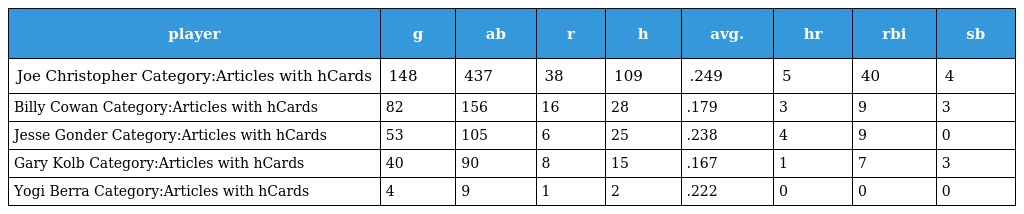
| player | g | ab | r | h | avg. | hr | rbi | sb |
 | --- | --- | --- | --- | --- | --- | --- | --- | --- |
 | Joe Christopher Category:Articles with hCards | 148 | 437 | 38 | 109 | .249 | 5 | 40 | 4 |
 | Billy Cowan Category:Articles with hCards | 82 | 156 | 16 | 28 | .179 | 3 | 9 | 3 |
 | Jesse Gonder Category:Articles with hCards | 53 | 105 | 6 | 25 | .238 | 4 | 9 | 0 |
 | Gary Kolb Category:Articles with hCards | 40 | 90 | 8 | 15 | .167 | 1 | 7 | 3 |
 | Yogi Berra Category:Articles with hCards | 4 | 9 | 1 | 2 | .222 | 0 | 0 | 0 |